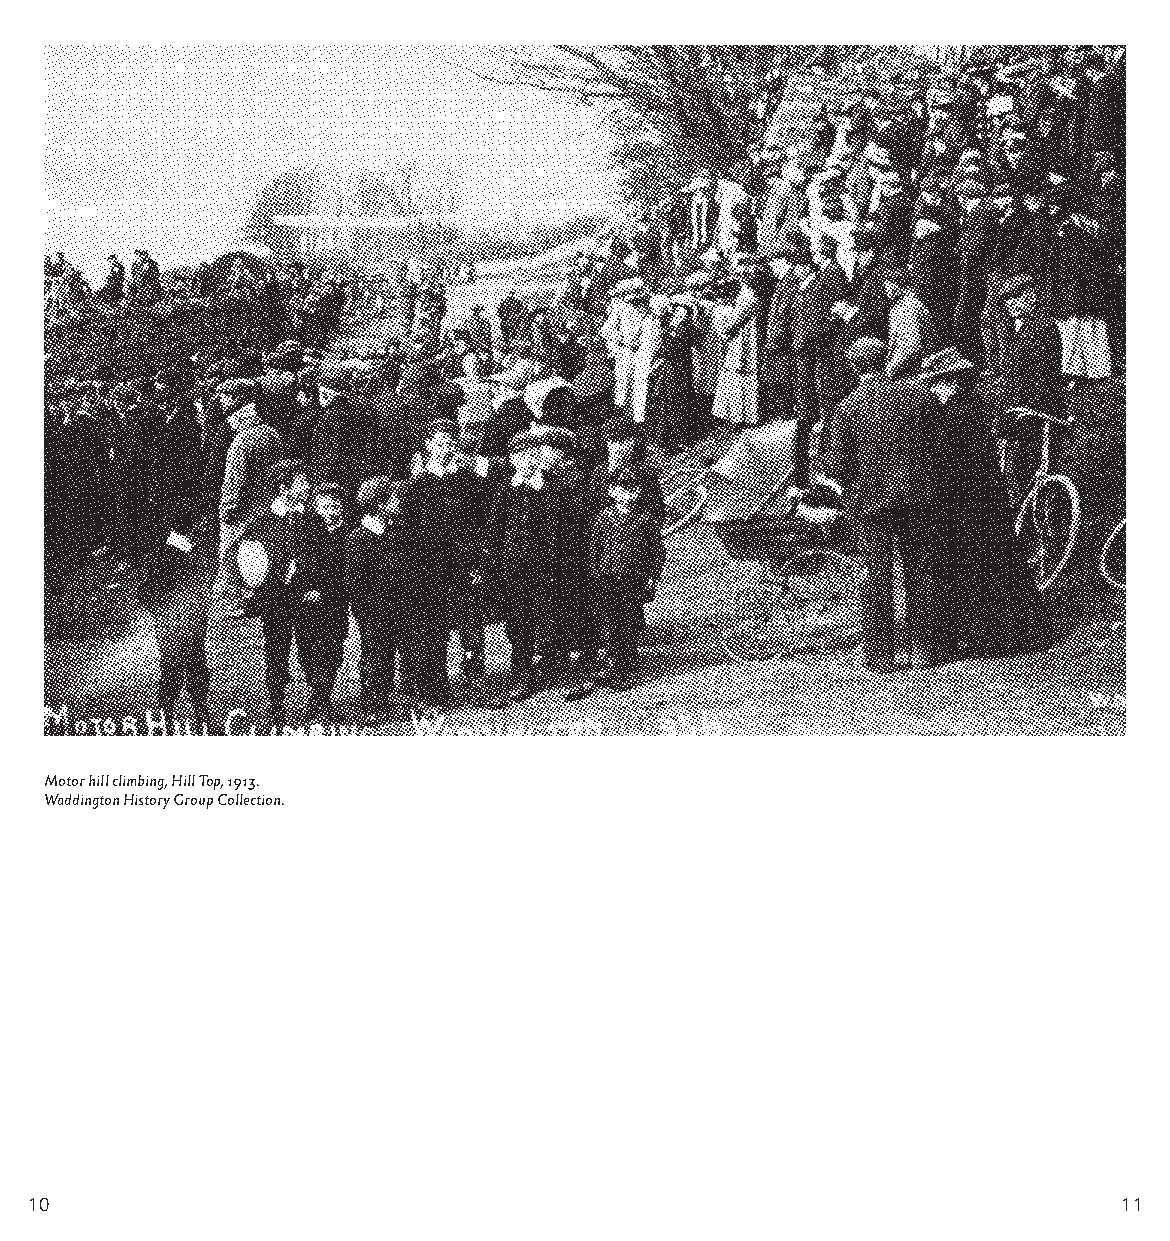
Motor hill climbing, Hill Top, 1913.
 Waddington History Group Collection.
 10                                                                      11